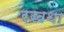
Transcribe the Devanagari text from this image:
रखथा